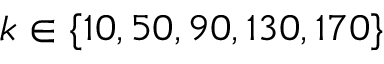
k \in \{ 1 0 , 5 0 , 9 0 , 1 3 0 , 1 7 0 \}